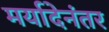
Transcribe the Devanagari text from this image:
मर्यादेनंतर